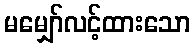
မမျှော်လင့်ထားသော